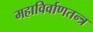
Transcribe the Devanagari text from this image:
महाविर्वाणतन्त्र